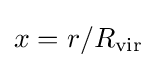
x=r/R_{\text{vir}}